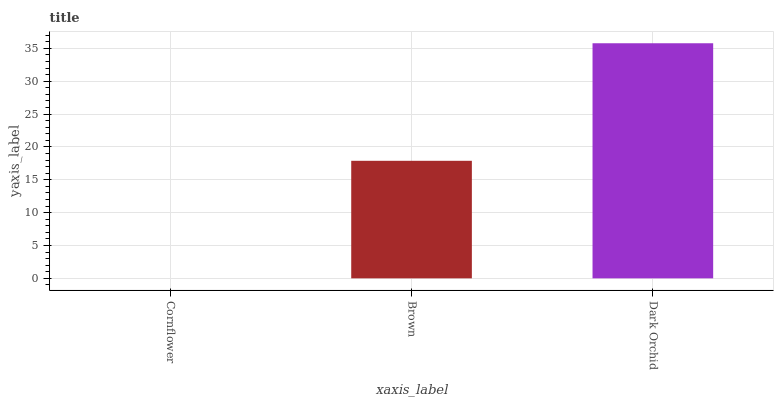
| xaxis_label | bars |
 | --- | --- |
 | Cornflower | 0 |
 | Brown | 17.9 |
 | Dark Orchid | 35.8 |